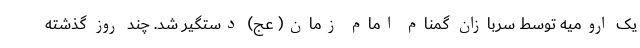
یک ارومیه توسط سربازان گمنام امام زمان( عج) دستگیر شد. چند روز گذشته